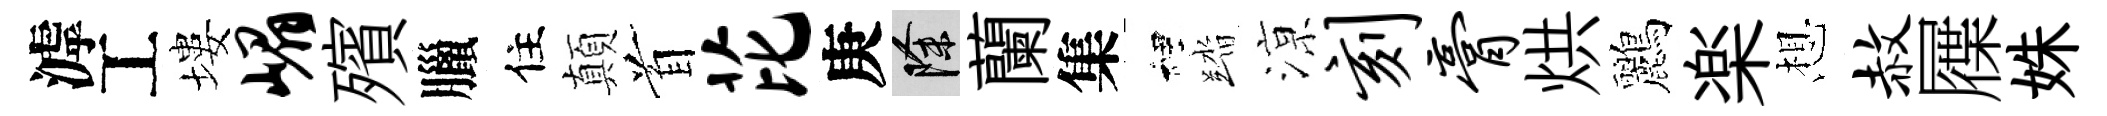
滹工塿嵋殯臘住顛首芘庚除蘭集裡踏鿌刻膏烘鸝楽想赦屧姝